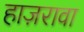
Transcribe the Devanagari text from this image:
हाज़रावा